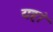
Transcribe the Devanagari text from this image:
यहांं